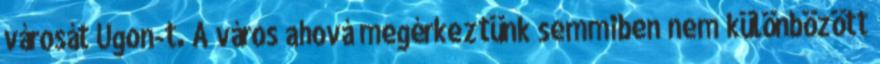
városát Ugon-t. A város ahová megérkeztünk semmiben nem különbözött